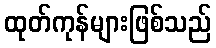
ထုတ်ကုန်များဖြစ်သည်